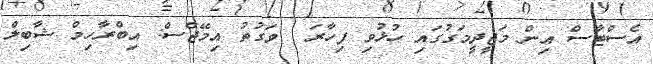
އެސްޓާސް އިން މަޖީދީމަގުގައި ހުޅުވި ފިހާރަ  ވަގުތު އިމޭޖްސް: އިބްރާހިމް ޝާބިލް